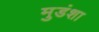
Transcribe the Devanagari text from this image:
मुडंशा